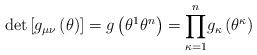
LaTeX: \begin{align*}\det\left[ g_{\mu\nu}\left( \theta\right) \right] =g\left( \theta^{1}\theta^{n}\right) ={\displaystyle\prod\limits_{\kappa=1}^{n}}g_{\kappa}\left( \theta^{\kappa}\right) \end{align*}